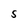
Character: S